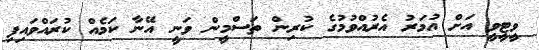
ވީޓީވީ އަށް އުމަރު އެރުއްވުމުގެ ކުރިން ތަސްމީން ވަނީ އޭނާ ކަމެއް ކުރައްވައިފި